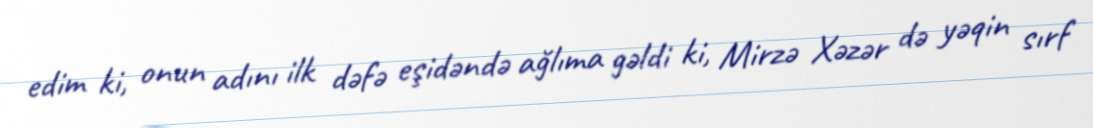
edim ki, onun adını ilk dəfə eşidəndə ağlıma gəldi ki, Mirzə Xəzər də yəqin sırf